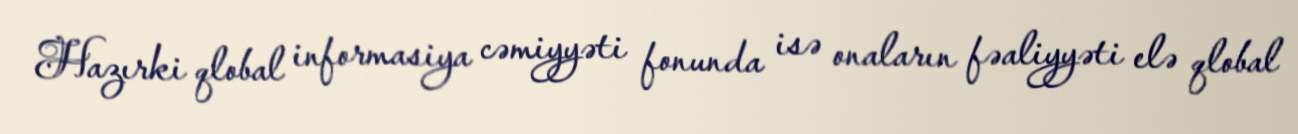
Hazırki qlobal informasiya cəmiyyəti fonunda isə onaların fəaliyyəti elə qlobal